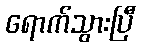
ရောက်သွားပြီ